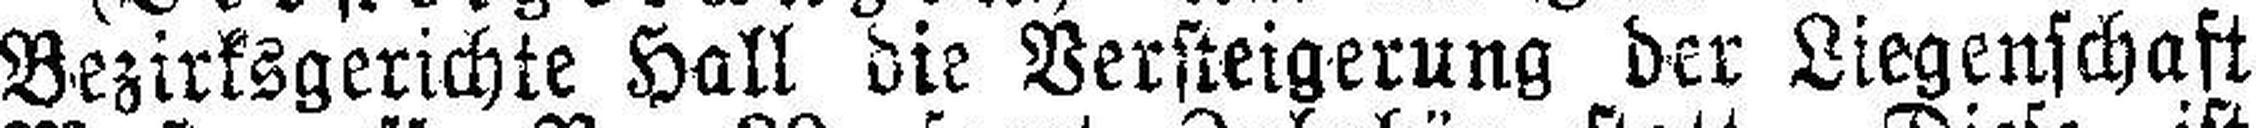
Bezirksgerichte Hall die Versteigerung der Liegenschaft